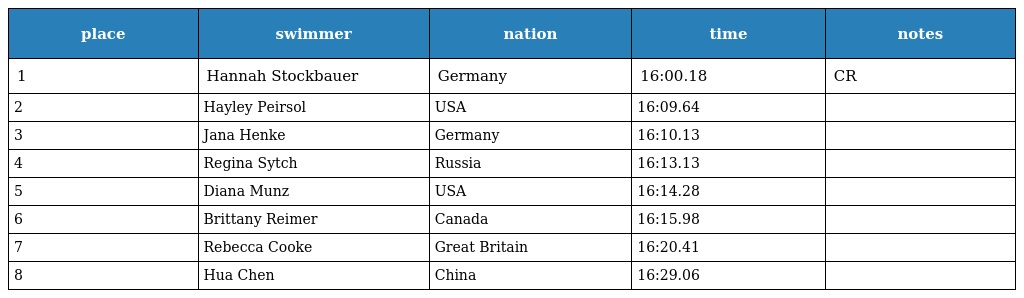
| place | swimmer | nation | time | notes |
 | --- | --- | --- | --- | --- |
 | 1 | Hannah Stockbauer | Germany | 16:00.18 | CR |
 | 2 | Hayley Peirsol | USA | 16:09.64 |  |
 | 3 | Jana Henke | Germany | 16:10.13 |  |
 | 4 | Regina Sytch | Russia | 16:13.13 |  |
 | 5 | Diana Munz | USA | 16:14.28 |  |
 | 6 | Brittany Reimer | Canada | 16:15.98 |  |
 | 7 | Rebecca Cooke | Great Britain | 16:20.41 |  |
 | 8 | Hua Chen | China | 16:29.06 |  |